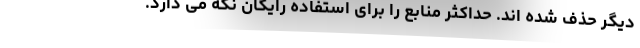
دیگر حذف شده اند. حداکثر منابع را برای استفاده رایگان نگه می دارد.